Report of the Municipal Commissioner on the plague in Bombay for the year ending 31st May... - Volume 2
Disease focus: Plague
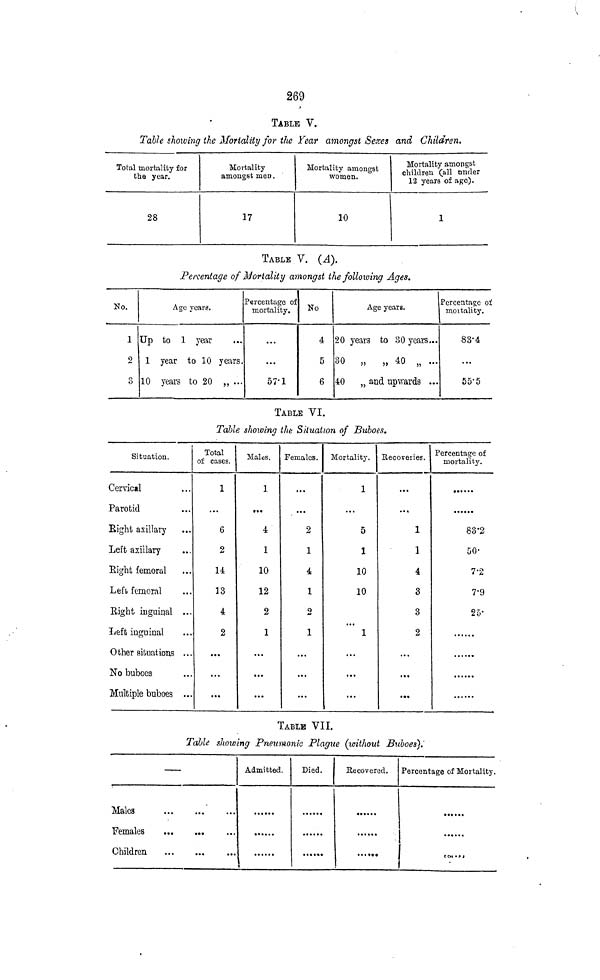
269
TABLE V.
Table showing the Mortality for the Year amongst Sexes and Children.
Total mortality for
the year.
28
Mortality
amongst men .
17
Mortality amongst
women.
10
Mortality amongst
children (all under
12 years of age).
1
TABLE V. (A}.
Percentage of Mortality amongst the following Ages.
No.
1
2
3
Age years.
Up to 1 year
...
1 year to 10 years.
10 years to 20 „ ...
Percentage of
mortality.
...
...
57-1
No
4
5
6
Age years.
20 years to 30 years...
30 „ „ 40 „ ...
40
„ and upwards ...
Percentage of
moitality.
83-4
...
55-5
TABLE VI.
Table showing the Situation of Buboes.
Situation.
Cervical
Parotid
Eight asillaiy
Left axillary
Eight femoral
Leto femoral
Eight inguiqal ...
Left uifuinal
0 ther situation . . .
No buboes
Multiple buboes ...
Total
o± cases.
1
...
6
2
14
13
4
2
• •«
Males.
1
••«
4
1
10
12
2
1
...
Females.
...
...
2
1
4
1
2
1
...
Mortality.
1
...
5
1
10
10
1
...
Recoveries.
...
• • «
1
1
4
8
3
2
«••
Percentage of
moitahty.
83-2
50-
7-2
7'9
25'
TABLE VII.
Table showing Pneumonic Plague (without Buboes).
—
Males
Females
Children
Admitted.
Died.
Recovered.
......
• •««••
Percentage of Mortality.
......
e en « > i